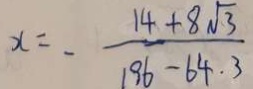
x = - \frac { 1 4 + 8 \sqrt { 3 } } { 1 9 6 - 6 4 . 3 }